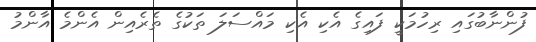
ފުންނާބުގައި ރިހުމަކީ ފައިގެ އެކި އެކި މައްސަލަ ތަކުގެ ތެރެއިން އެންމެ އާންމު